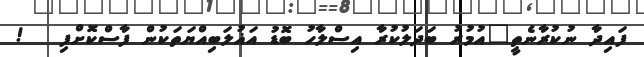
ފައިދާ ނުކުރާނެތީ"އުމުރު ބަދަލުކުރާ އިސްލާހު ބޮޑު އަޣުލަބިއްޔަތަކުން ފާސްކޮށްފި   !